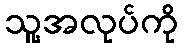
သူ့အလုပ်ကို